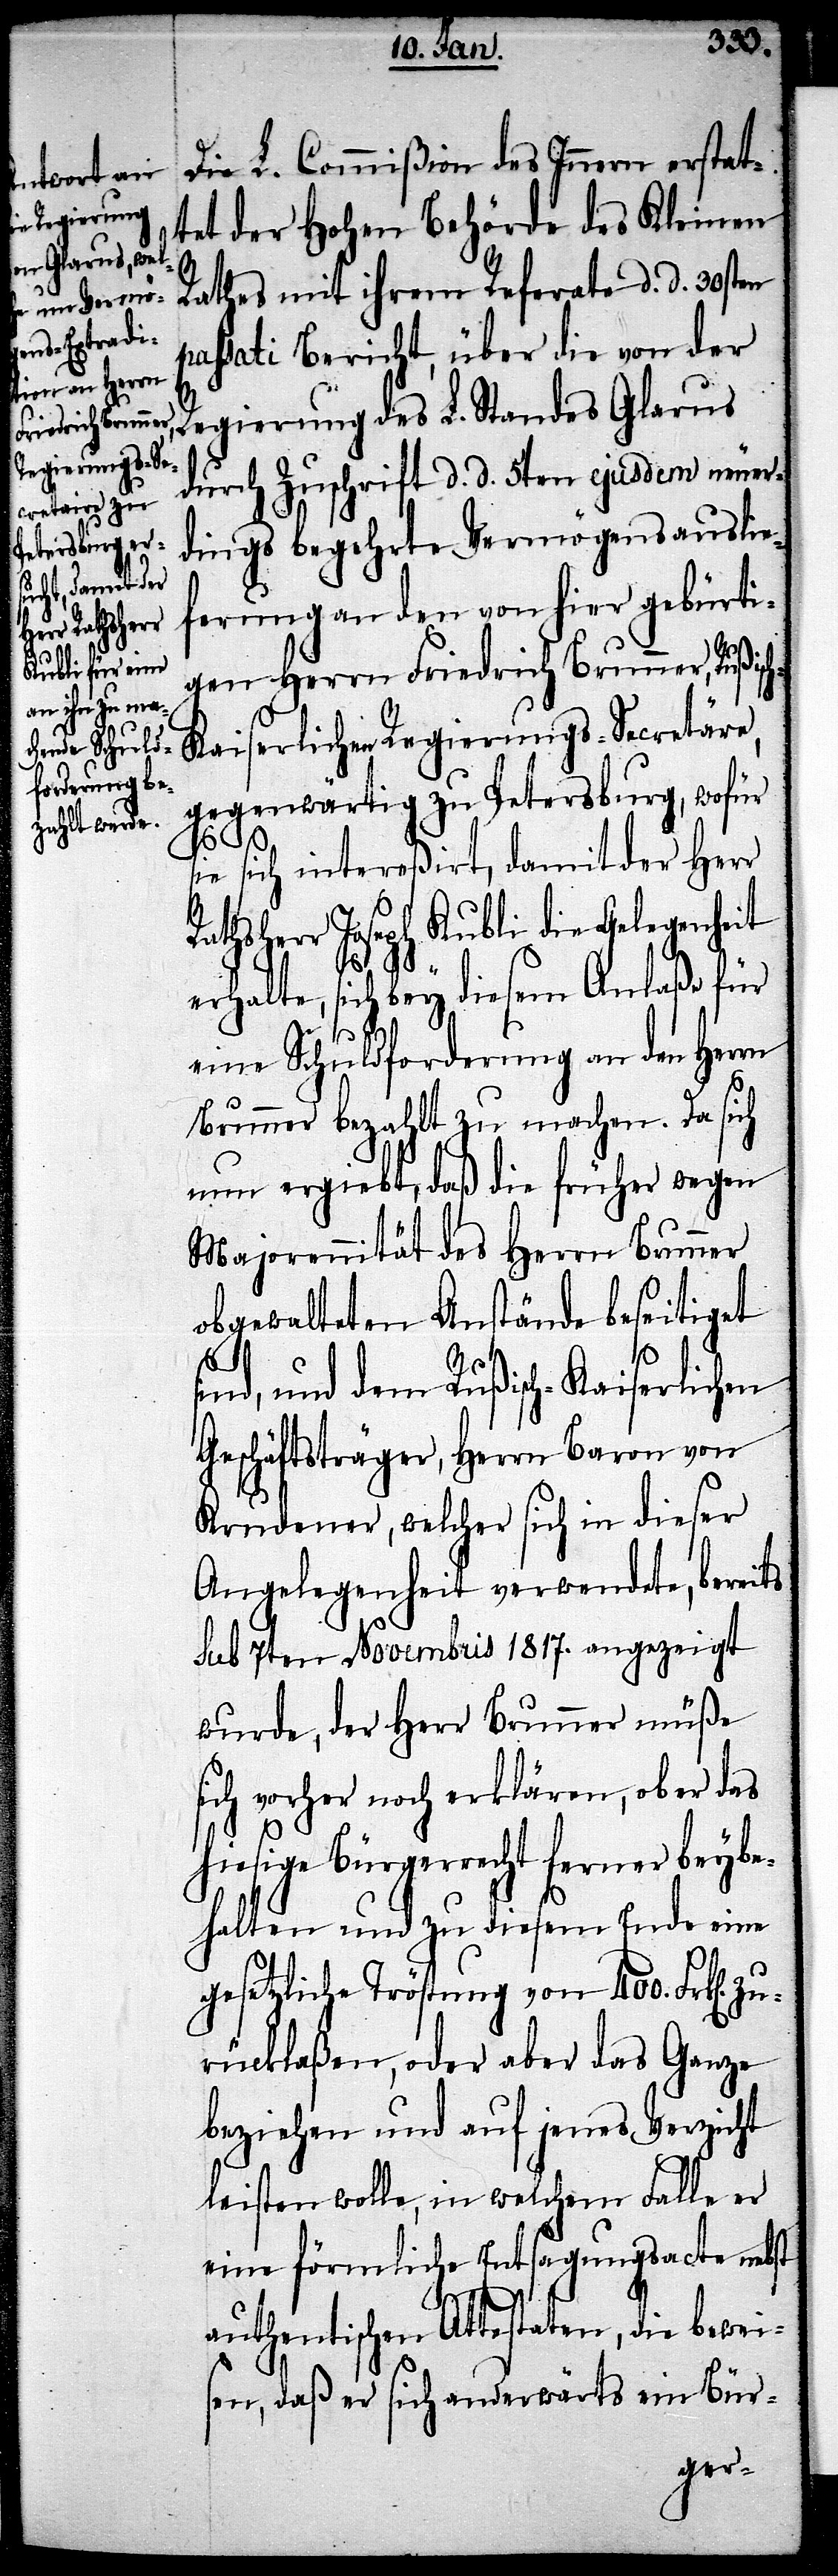
n]. zu¬

Die L. Commißion des Innern erstat¬
tet der Hohen Behörde des Kleinen
Rathes mit ihrem Referate d. d. 30sten
passati Bericht, über die von der
Regierung des L. Standes Glarus
durch Zuschrift d. d. 5ten ejusdem neuer¬
dings begehrte Vermögensauslie¬
ferung an den von hier gebürti¬
gen Herrn Friedrich Brunner, Rußisc¬
h-Kaiserlicher Regierungs-Secretäre,
gegenwärtig zu Petersburg, wofür
s¬
ie sich intereßirt, damit der Herr
Rathsherr Joseph Kubli die Gelegenheit
s¬
erhalte, sich bey diesem Anlaße für
eine Schuldforderung an den Herrn
Brunner bezahlt zu machen. Da sich
nun ergiebt, daß die früher wegen
Majorennität des Herrn Brunner
obgewalteten Anstände beseitiget
ind, und dem Rußisch-Kaiserlichen
Geschäftsträger, Herrn Baron von
Krudener, welcher sich in dieser
Angelegenheit verwendete, bereits
sub 7ten Novembris 1817. angezeigt
wurde, der Herr Brunner müße
sich vorher noch erklären, ob er das
hiesige Bürgerrecht ferner beybe¬
halten und zu diesem Ende eine
gesetzliche Tröstung von 400. Frk[e¬
rücklaßen, oder aber das Ganze
beziehen und auf jenes Verzicht
leisten wolle, in welchem Falle er
eine förmliche Entsagungsacte nebst
authentischen Attestaten, die beweis¬
en, daß er sich anderwärts ein Bür-